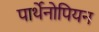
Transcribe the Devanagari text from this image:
पार्थेनोपियन